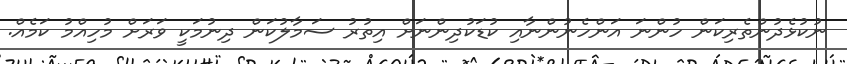
ނުކުޅެދުންތެރިކަން ހުންނަ އަންހެނުންނާއި ކުޑަކުދިންނަށް އިތުރު ސަމާލުކަން ދިނުމަކީ ވަރަށް މުހިއްމު ކަމެއް.